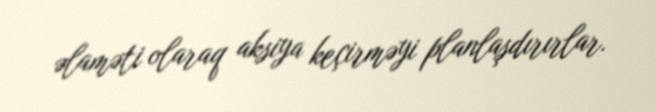
əlaməti olaraq aksiya keçirməyi planlaşdırırlar.